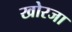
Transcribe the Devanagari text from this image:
खोरजा